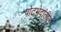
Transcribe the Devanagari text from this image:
पोटभेदांतील